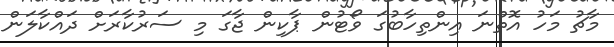
މާޗު މަހު އޮތްނަ އިންތިހާބުގަ ވޯޓުން ޕާކިން ޖާގަ މި ސަރުކާރަށް ދައްކާލަން